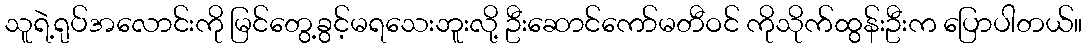
သူရဲ့ရုပ်အလောင်းကို မြင်တွေ့ခွင့်မရသေးဘူးလို့ ဦးဆောင်ကော်မတီဝင် ကိုသိုက်ထွန်းဦးက ပြောပါတယ်။